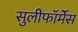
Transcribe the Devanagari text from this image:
सुलीफॉर्मेस